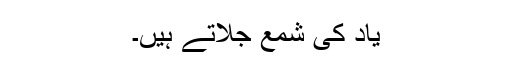
یاد کی شمع جلاتے ہیں۔